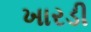
ખારડી